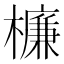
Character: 𣜰